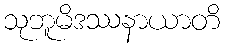
သုဘူမိဒဿနာယာတိ